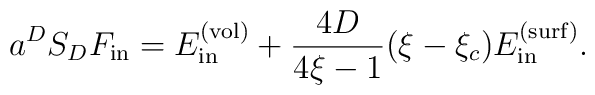
a^{D}S_DF_{{\rm in}}=E_{{\rm in}}^{{\rm (vol)}}+\frac{4D}{4\xi-1} (\xi -\xi _c)E_{{\rm in}}^{{\rm (surf)}} .